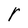
Character: r